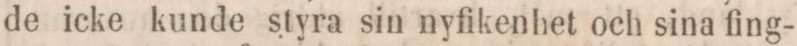
de icke kunde styra sin nyfikenhet och sina fing-